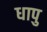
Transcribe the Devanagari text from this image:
धापु